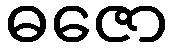
ဓဇော